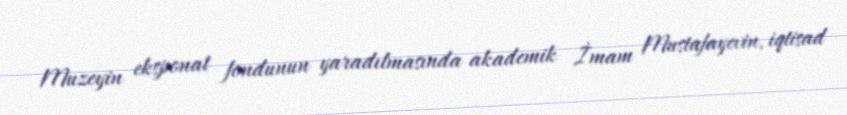
Muzeyin eksponat fondunun yaradılmasında akademik İmam Mustafayevin, iqtisad